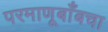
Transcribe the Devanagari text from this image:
परमाणूबाँबचा